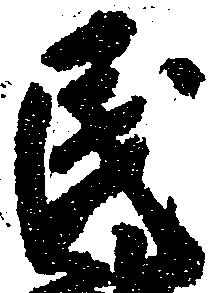
民